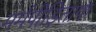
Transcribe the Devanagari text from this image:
मर्मपीड़िताफ